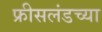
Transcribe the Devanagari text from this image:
फ्रीसलंडच्या